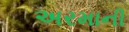
અરમાની